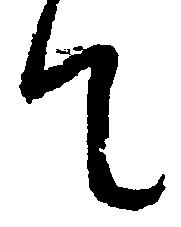
て